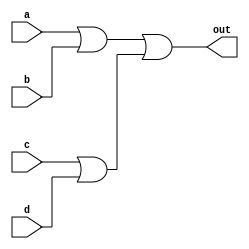
`timescale 1ns/1ps

module or_4 (a, b, c, d, out);
    
    input a, b, c, d;
    output out;

    wire tmp1, tmp2;

    or o0(tmp1, a, b);
    or o1(tmp2, c, d);
    or o2(out, tmp1, tmp2);

endmodule

module or_8bit (a, b, c, d, out);
    
    input [8-1:0] a, b, c, d;
    output [8-1:0] out;

    or_4 a0(a[0], b[0], c[0], d[0], out[0]);
    or_4 a1(a[1], b[1], c[1], d[1], out[1]);
    or_4 a2(a[2], b[2], c[2], d[2], out[2]);
    or_4 a3(a[3], b[3], c[3], d[3], out[3]);
    or_4 a4(a[4], b[4], c[4], d[4], out[4]);
    or_4 a5(a[5], b[5], c[5], d[5], out[5]);
    or_4 a6(a[6], b[6], c[6], d[6], out[6]);
    or_4 a7(a[7], b[7], c[7], d[7], out[7]);

endmodule

module FIFO_8(clk, rst_n, wen, ren, din, dout, error);

    input clk;
    input rst_n;
    input wen, ren;
    input [8-1:0] din;
    output [8-1:0] dout;
    output error;

    reg [8-1:0] FIFO [0:128-1];
    reg [8-1:0] dout;
    reg error;
    reg [4-1:0] head, tail;

    reg [4-1:0] next_head, next_tail;

    always @(*) begin
        next_head = head + 1;
        next_tail = tail + 1;
        if (head === 4'b1000) begin
            next_head = 0;
        end
        if (tail === 4'b1000) begin
            next_tail = 0;
        end
    end

    always @(posedge clk) begin
        if (!rst_n) begin
            head <= 0;
            tail <= 0;
            dout <= 0;
            error <= 0;
        end 
        else if (ren) begin
            if ((head === tail)) begin
                head <= head;
                error <= 1;
                tail <= tail;
                dout <= 8'bx;
            end else begin
                error <= 0;
                dout <= FIFO[head];
                head <= next_head;
                tail <= tail;
            end
        end 
        else if (wen) begin
            if (head === next_tail) begin
                head <= head;
                tail <= tail;
                error <= 1;
                dout <= 8'bx;
            end else begin
                error <= 0;
                dout <= 8'bx;
                FIFO[tail] <= din;
                head <= head;
                tail <= next_tail;
            end
        end 
        else begin
            error <= 0;
            dout <= 8'bx;
            head <= head;
            tail <= tail;
        end
    end

endmodule

module Round_Robin_FIFO_Arbiter(clk, rst_n, wen, a, b, c, d, dout, valid);

    input clk;
    input rst_n;
    input [4-1:0] wen;
    input [8-1:0] a, b, c, d;
    output [8-1:0] dout;
    output valid;

    wire era, erb, erc, erd;
    wire [2-1:0] next_counter;
    wire [8-1:0] Aout, Bout, Cout, Dout;

    reg ra = 0, rb = 0, rc = 0, rd = 0;
    reg valid = 0, tmp_valid = 0;
    reg [3-1:0] counter = 0;
    reg [8-1:0] dout = 0;

    assign next_counter = counter + 1;

    always @(wen, counter) begin
        ra = 0; rb = 0; rc = 0; rd = 0;
        if (!wen[0] && (counter == 2'b00)) ra = 1;
        else if (!wen[1] && (counter == 2'b01)) rb = 1;
        else if (!wen[2] && (counter == 2'b10)) rc = 1;
        else if (!wen[3] && (counter == 2'b11)) rd = 1;
        else begin
            ra = 0; rb = 0; rc = 0; rd = 0;
        end
    end

    always @(*) begin
        if (rst_n && counter === 2'b01) begin
            valid = (!era && tmp_valid);
        end
        else if (rst_n && counter === 2'b10) begin
            valid = (!erb && tmp_valid);
        end
        else if (rst_n && counter === 2'b11) begin
            valid = (!erc && tmp_valid);
        end
        else if (rst_n && counter === 2'b00) begin
            valid = (!erd && tmp_valid);
        end
        else if (!rst_n) begin
            valid = tmp_valid;
        end else begin
            valid = valid;
        end
    end

    always @(*) begin
        if (counter === 2'b01 && valid) begin
            dout = Aout;
        end
        else if (counter === 2'b10 && valid) begin
            dout = Bout;
        end
        else if (counter === 2'b11 && valid) begin
            dout = Cout;
        end
        else if (counter === 2'b00 && valid) begin
            dout = Dout;
        end
        else if (!valid) begin
            dout = 0;
        end else begin
            dout = dout;
        end
    end

    always @(posedge clk) begin
        if (!rst_n) begin
            counter <= 0;
            tmp_valid <= 0;
        end
        else begin
            counter <= next_counter;
            if (counter == 2'b00 && !wen[0]) tmp_valid <= 1;
            else if (counter == 2'b01 && !wen[1]) tmp_valid <= 1;
            else if (counter == 2'b10 && !wen[2]) tmp_valid <= 1;
            else if (counter == 2'b11 && !wen[3]) tmp_valid <= 1;
            else tmp_valid <= 0;
        end
    end

    FIFO_8 fa(clk, rst_n, wen[0], ra, a, Aout, era);
    FIFO_8 fb(clk, rst_n, wen[1], rb, b, Bout, erb);
    FIFO_8 fc(clk, rst_n, wen[2], rc, c, Cout, erc);
    FIFO_8 fd(clk, rst_n, wen[3], rd, d, Dout, erd);
    //or_8bit oo(Aout, Bout, Cout, Dout, dout);

endmodule